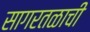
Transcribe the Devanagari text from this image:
सागरतळाची